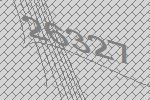
26327